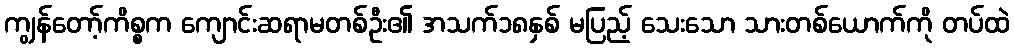
ကျွန်တော့်ကိစ္စက ကျောင်းဆရာမတစ်ဦး၏ အသက်၁၈နှစ် မပြည့် သေးသော သားတစ်ယောက်ကို တပ်ထဲ